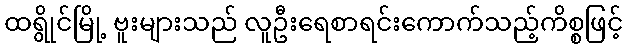
ထရွိုင်မြို့ ဗူးများသည် လူဦးရေစာရင်းကောက်သည့်ကိစ္စဖြင့်